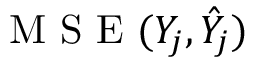
\mathrm { ~ M ~ S ~ E ~ } ( Y _ { j } , \hat { Y } _ { j } )